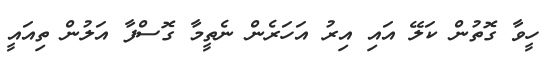
ހީވާ ގޮތުން ކަލޭ އައި އިރު އަހަރެން ނެތީމާ ގޮސްފާ އަލުން ތިއައީ